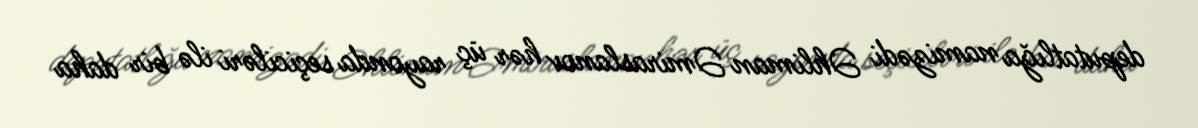
deputatlığa namizədi Əhliman Əmiraslanov hər üç rayonda seçiciləri ilə bir daha